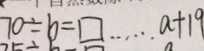
7 0 \div b = \square \cdots a + 1 9